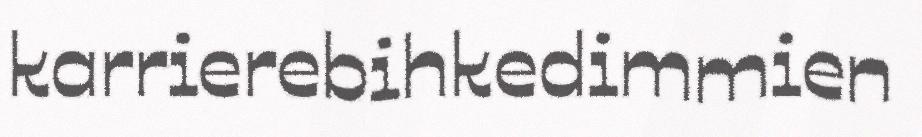
karrierebihkedimmien